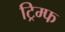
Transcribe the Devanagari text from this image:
ट्रिम्फ